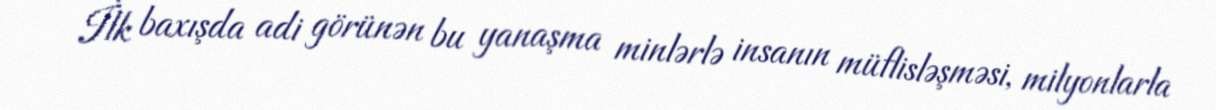
İlk baxışda adi görünən bu yanaşma minlərlə insanın müflisləşməsi, milyonlarla